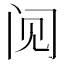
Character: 𲈶